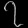
Digit: ၇